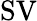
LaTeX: \operatorname{SV}